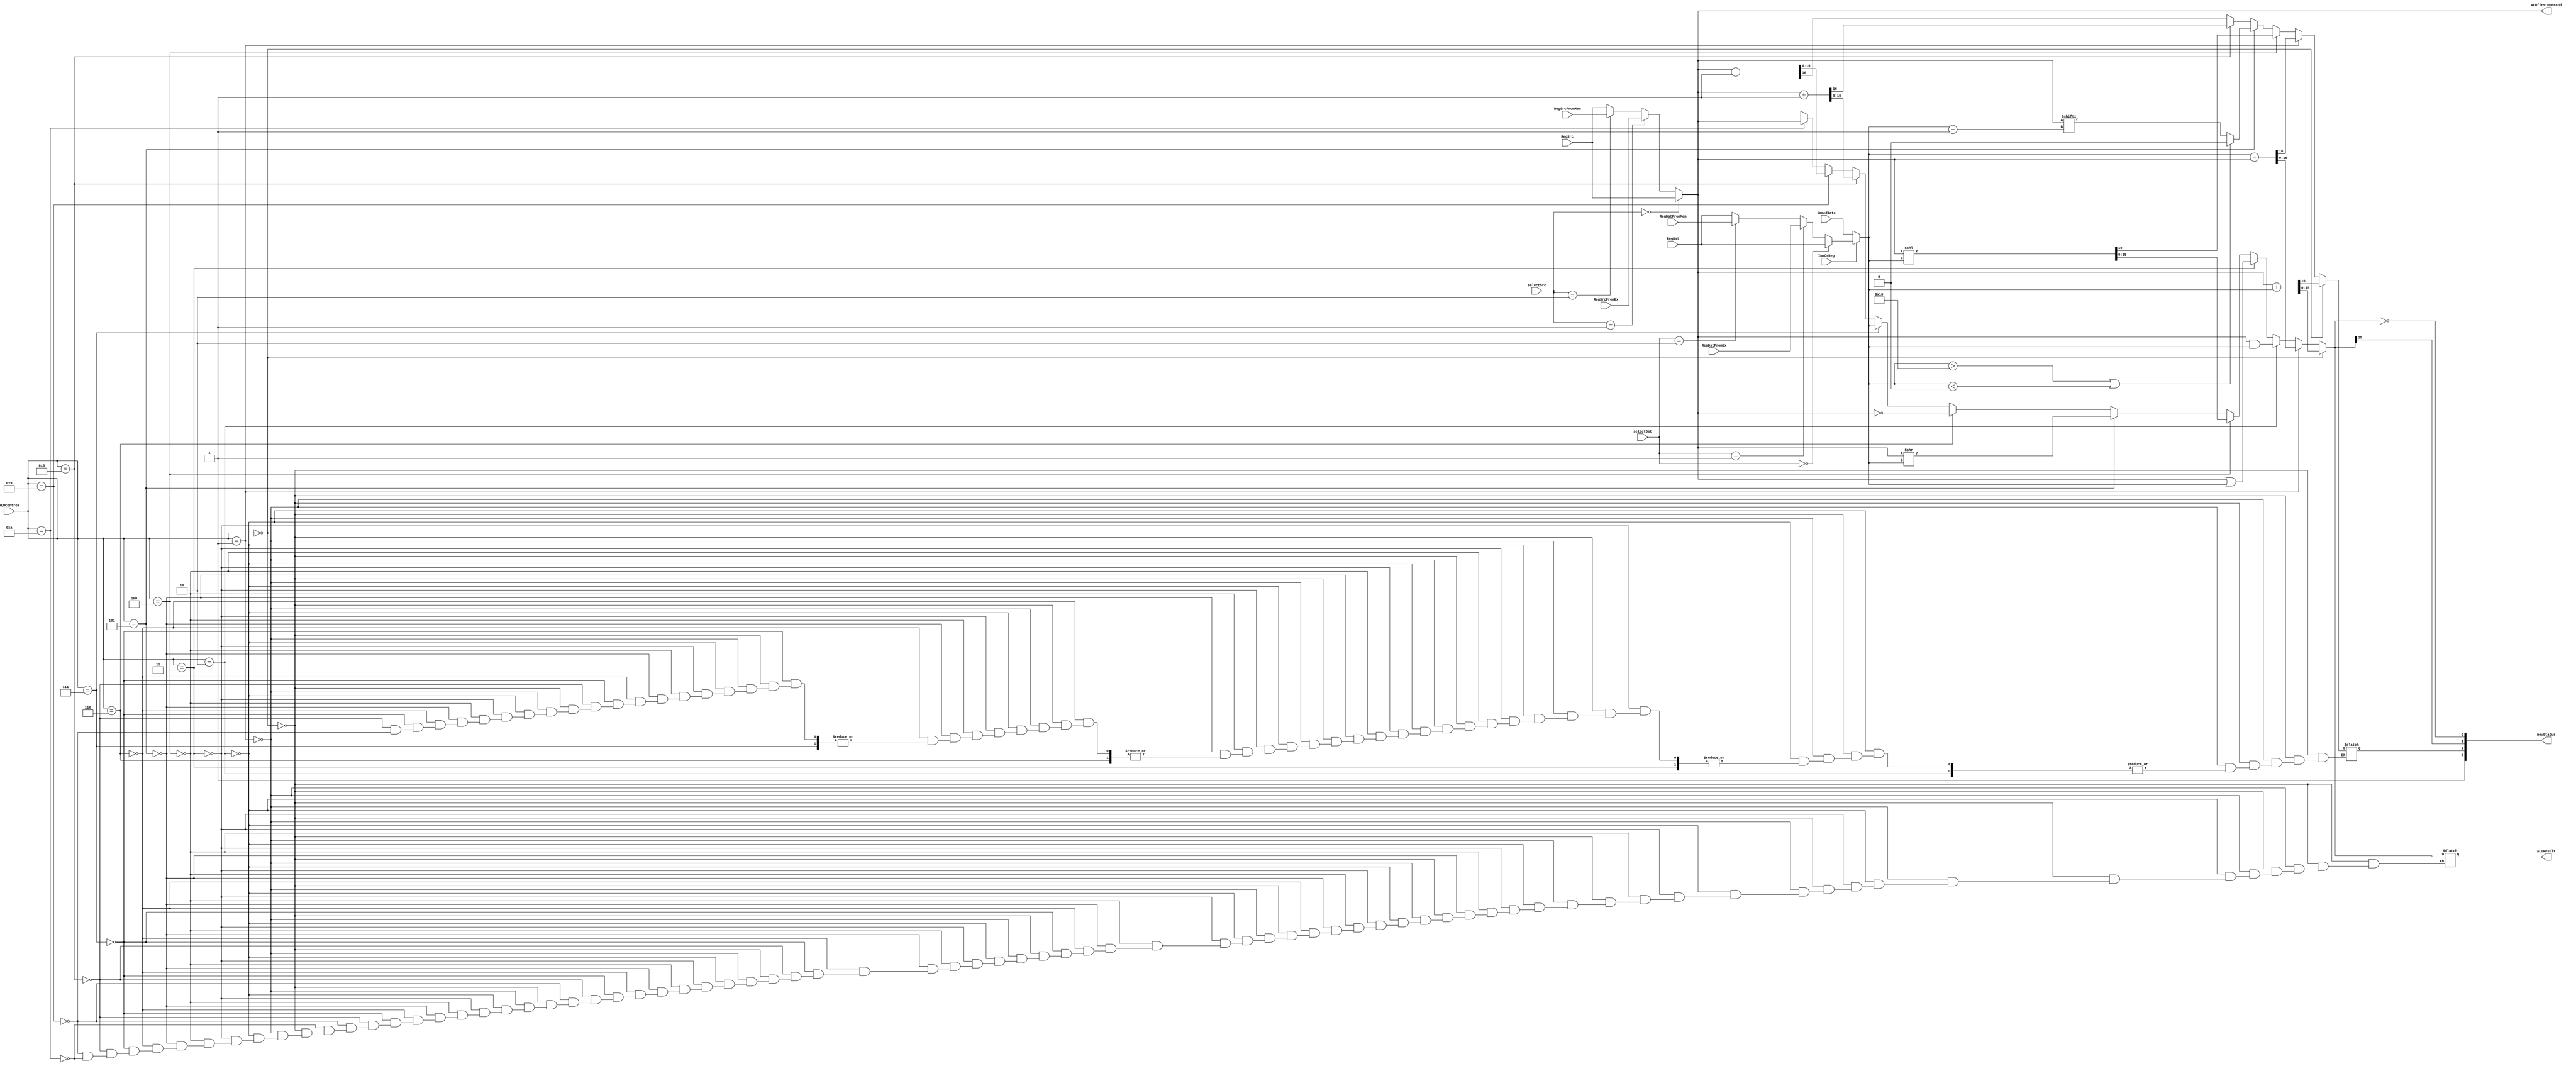
module ExecuteStage (
	input ImmOrReg,
	input [1:0] selectSrc, selectDst,
	input [3:0] ALUControl,
	input [15:0] RegSrc, RegDst, immediate, RegSrcFromEx, RegDstFromEx, RegSrcFromMem, RegDstFromMem,
	output reg [3:0] newStatus,
	output reg [15:0] ALUResult, ALUfirstOperand
);

	wire [15:0] RegDstOrImm, Operand1, Operand2;

	assign RegDstOrImm = ImmOrReg? RegDst : immediate;

	assign Operand1 =  (selectSrc == 2'b00)? RegSrc
										:(selectSrc == 2'b01)? RegSrcFromEx
										:(selectSrc == 2'b10)? RegSrcFromMem
										: RegSrc;
	assign ALUfirstOperand = Operand1;
	
	assign Operand2 = (!ImmOrReg)?immediate: 
					  ((selectDst == 2'b00)? RegDstOrImm
					:(selectDst == 2'b01)? RegDstFromEx
					:(selectDst == 2'b10)? RegDstFromMem
					: RegDstOrImm);

  always @(*) begin
		if (ALUControl == 4'b0000) begin  // ADD
			{newStatus[2], ALUResult} = Operand1 + Operand2;
		end else if (ALUControl == 4'b0001) begin  // SUB
			{newStatus[2], ALUResult} = Operand2 - Operand1;
		end else if (ALUControl == 4'b0010) begin  // AND
			ALUResult = Operand1 & Operand2;
		end else if (ALUControl == 4'b0011) begin  // OR
			ALUResult = Operand1 | Operand2;
		end else if (ALUControl == 4'b0100) begin  // SHL
			{newStatus[2], ALUResult} = Operand1 << Operand2;
		end else if (ALUControl == 4'b0101) begin  // SHR
			if (Operand2 > 16 || Operand2 < 0) begin
				newStatus[2] = 0;
			end else begin
				newStatus[2] = Operand1[Operand2 - 1];
			end
			ALUResult = Operand1 >> Operand2;
		end else if (ALUControl == 4'b0110) begin  // NOT
			ALUResult = ~Operand1;
		end else if (ALUControl == 4'b0111) begin  // PASS Second
			ALUResult = Operand2;
		end else if (ALUControl == 4'b1000) begin  // INC
			{newStatus[2], ALUResult} = Operand1 + 1;
		end else if (ALUControl == 4'b1001) begin  // DEC
			{newStatus[2], ALUResult} = Operand1 - 1;
		end else if (ALUControl == 4'b1010) begin  // PASS First
			ALUResult = Operand1;
		end else if (ALUControl == 4'b1111) begin  // Do Nothing
			ALUResult = ALUResult;
		end

		// update the status flag
		newStatus[3] = 1'b1;
		newStatus[1] = ALUResult[15];
		newStatus[0] = (ALUResult == 16'd0);
  end

endmodule